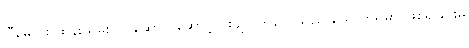
ဂျီမေလ်း ထိန်းသိမ်းလုပ်ဆောင် ဆောင့်လိုးချလိုက်လေသည် သောက်ရမှာ ဖြစ်ရခြင်းမှ